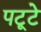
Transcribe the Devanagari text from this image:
पटूटे